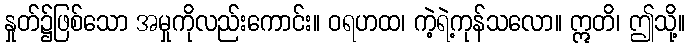
နှုတ်၌ဖြစ်သော အမှုကိုလည်းကောင်း။ ဝရဟထ၊ ကဲ့ရဲ့ကုန်သလော။ ဣတိ၊ ဤသို့။